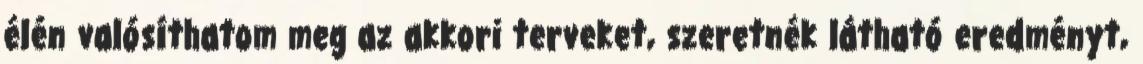
élén valósíthatom meg az akkori terveket, szeretnék látható eredményt,